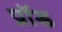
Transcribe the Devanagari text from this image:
प्रॉड